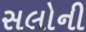
સલોની